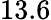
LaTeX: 13.6